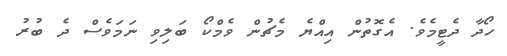
ހޯދާ ދެޓީމެވެ. އެގޮތުން އިއްޔެ މެޗުން ވެމްކޯ ބަލިވި ނަމަވެސް ދެ ބުރު